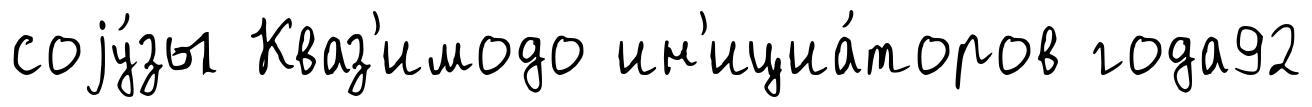
соjу́зы Кваз'имодо ин'ициа́торов года92